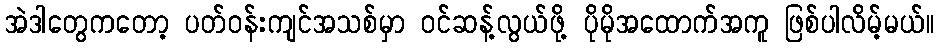
အဲဒါတွေကတော့ ပတ်ဝန်းကျင်အသစ်မှာ ဝင်ဆန့်လွယ်ဖို့ ပိုမိုအထောက်အကူ ဖြစ်ပါလိမ့်မယ်။